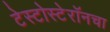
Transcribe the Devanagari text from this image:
टेस्टोस्टेरॉनचा